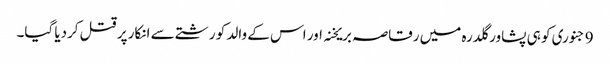
9 جنوری کو ہی پشاور گلدرہ میں رقاصہ بریخنہ اور اس کے والد کو رشتے سے انکار پر قتل کردیا گیا۔